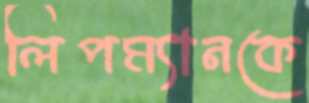
লিপম্যানকে